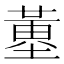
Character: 𡐳